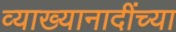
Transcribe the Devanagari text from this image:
व्याख्यानादींच्या